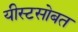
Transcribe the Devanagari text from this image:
यीस्टसोबत